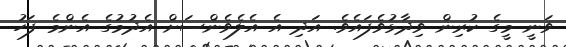
ވަނީ މީގެ ކުރިން ވިދާޅުވެފައެވެ. އަދި އެ އެލެވެންސަށް އެދުމުގެ އެންމެ ފަހު